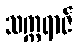
သက္ကရာဇ်